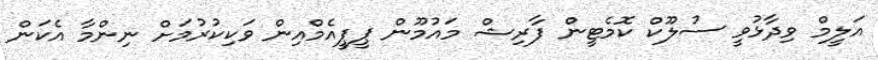
އަލީމް ވިދާޅުވީ ސުލޫކް ކޮމެޓީން ފާރިޝް މައުމޫން ޕީޕީއެމްއިން ވަކިކުރުމަށް ނިންމާ އެކަން